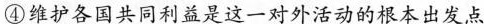
④维护各国共同利益是这一对外活动的根本出发点